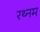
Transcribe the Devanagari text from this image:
रथ्नम